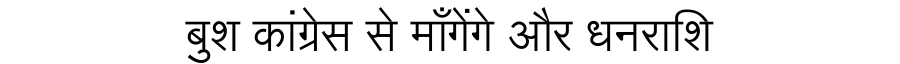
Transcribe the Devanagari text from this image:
बुश कांग्रेस से माँगेंगे और धनराशि